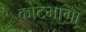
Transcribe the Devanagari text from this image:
कोटभागा